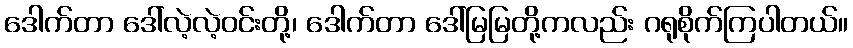
ဒေါက်တာ ဒေါ်လဲ့လဲ့ဝင်းတို့၊ ဒေါက်တာ ဒေါ်မြမြတို့ကလည်း ဂရုစိုက်ကြပါတယ်။